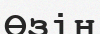
Өзін